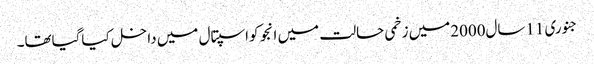
جنوری 11سال2000میں زخمی حالت میں انجو کواسپتال میں داخل کیاگیاتھا۔